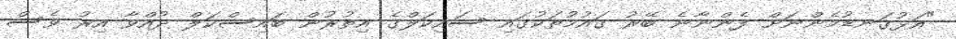
"އަޅުގަނޑުމެންނަށް ފެންނާނެ ބޭރު ގައުމުތަކުގައި ސައިކަލްގެ އިތުރުން ބައިސްކަލް ދުއްވާ އިރު ވެސް